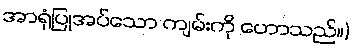
အာရုံပြုအပ်သော ကျမ်းကို ဟောသည်။)